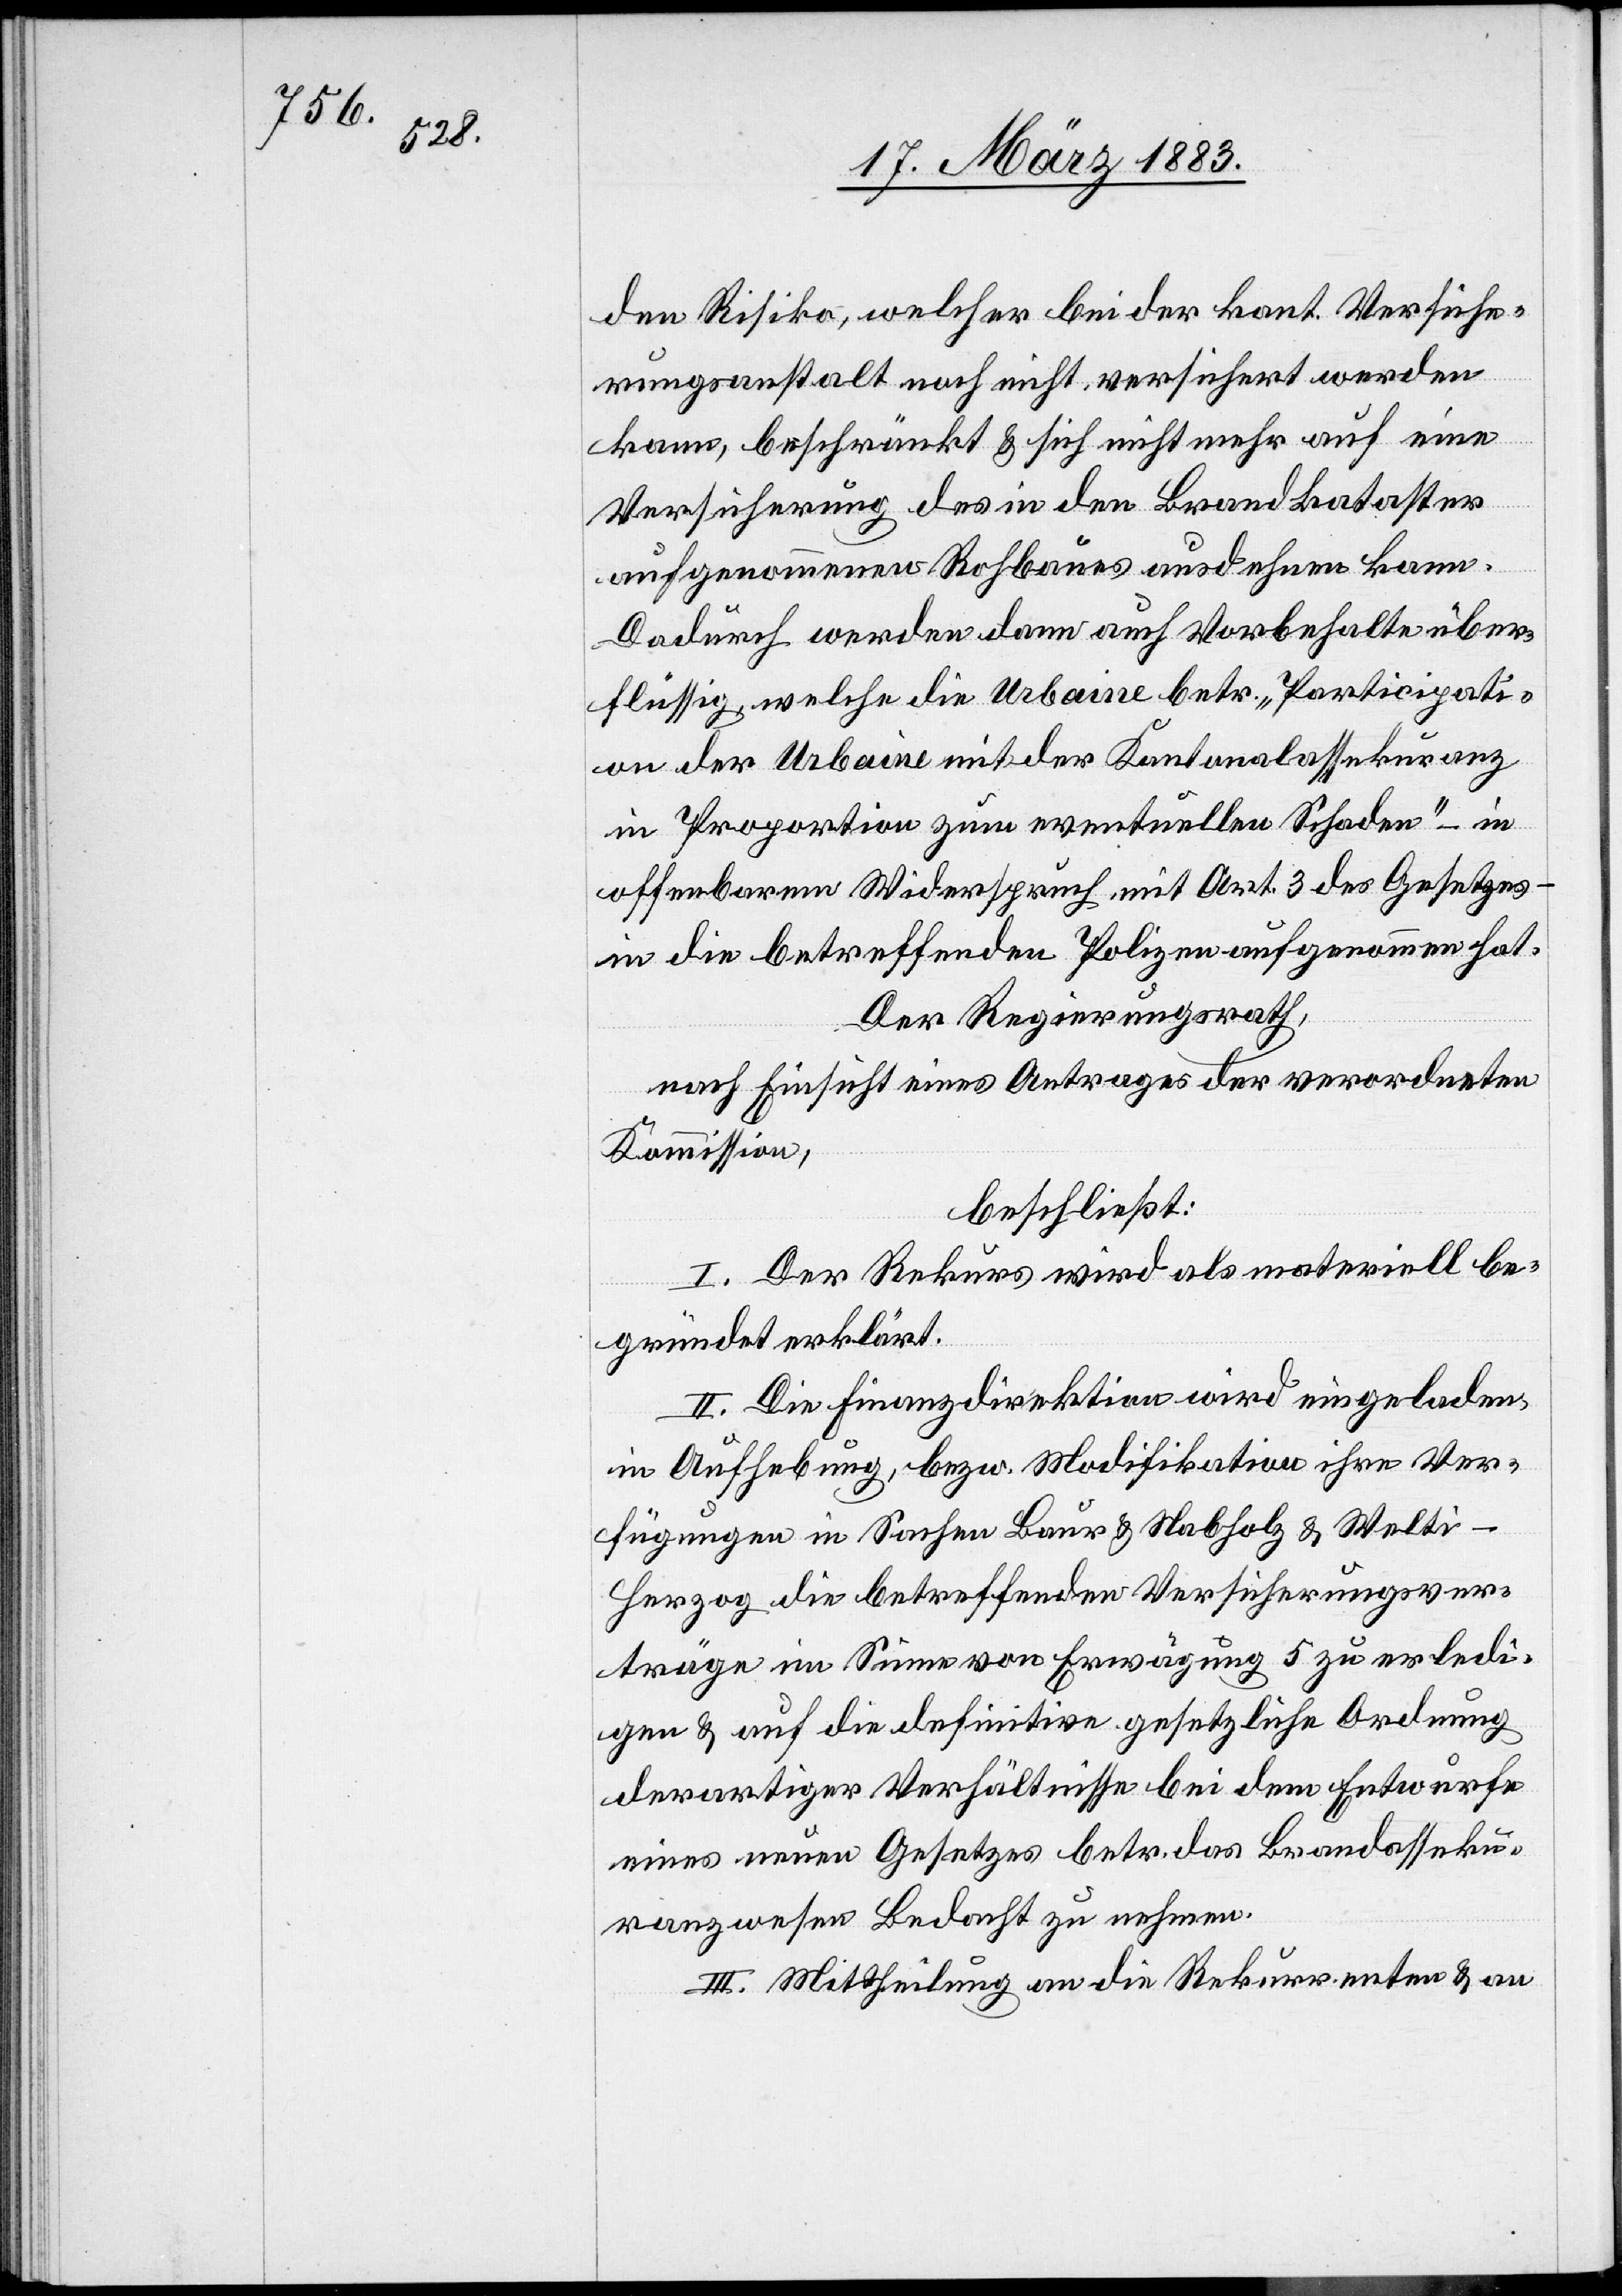
en Risiko, welcher bei der kant. Versiche¬
rungsanstalt noch nicht versichert werden
kann, beschränkt & sich nicht mehr auf eine
Versicherung des in den Brandkataster
aufgenommenen Rohbaues ausdehnen kann.
Dadurch werden dann auch Vorbehalte über¬
flüssig, welche die Urbaine betr. „Participati¬
on der Urbaine mit der Kantonalassekuranz
in Proportion zum eventuellen Schaden“ – in
offenbarem Widerspruch mit Art. 3 des Gesetzes –
in die betreffenden Polizen aufgenommen hat.
Der Regierungsrath,
nach Einsicht eines Antrages der verordneten
Kommission,
beschließt:
I. Der Rekurs wird als materiell be¬
gründet erklärt.
II. Die Finanzdirektion wird eingeladen,
in Aufhebung, bezw. Modifikation ihre Ver¬
fügungen in Sachen Baur & Nabholz & Welt¬
i-Herzog die betreffenden Versicherungsver¬
träge im Sinne von Erwägung 5 zu erledi¬
gen & auf die definitive gesetzliche Ordnung
derartiger Verhältnisse bei dem Entwurfe
eines neuen Gesetzes betr. das Brandasseku¬
ranzwesen Bedacht zu nehmen.
III. Mittheilung an die Rekurrenten & an